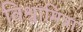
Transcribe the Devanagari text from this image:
विश्वामित्रा